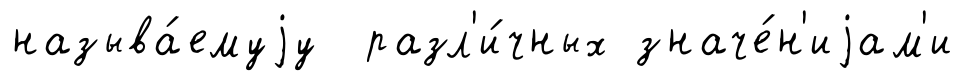
называ́емуjу разл'и́чных значе́н'иjам'и